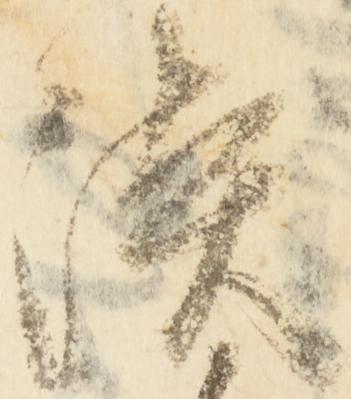
淡